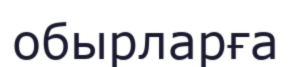
обырларға